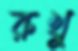
রুখু